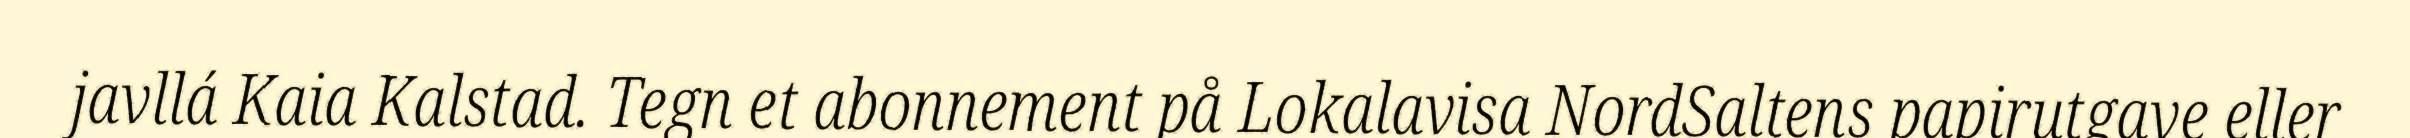
javllá Kaia Kalstad. Tegn et abonnement på Lokalavisa NordSaltens papirutgave eller